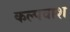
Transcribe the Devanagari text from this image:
कल्पवाश